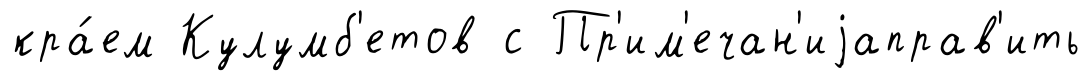
кра́ем Кулумб'етов с Пр'им'ечан'иjаправ'ить